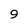
Character: 9